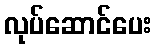
လုပ်ဆောင်ပေး